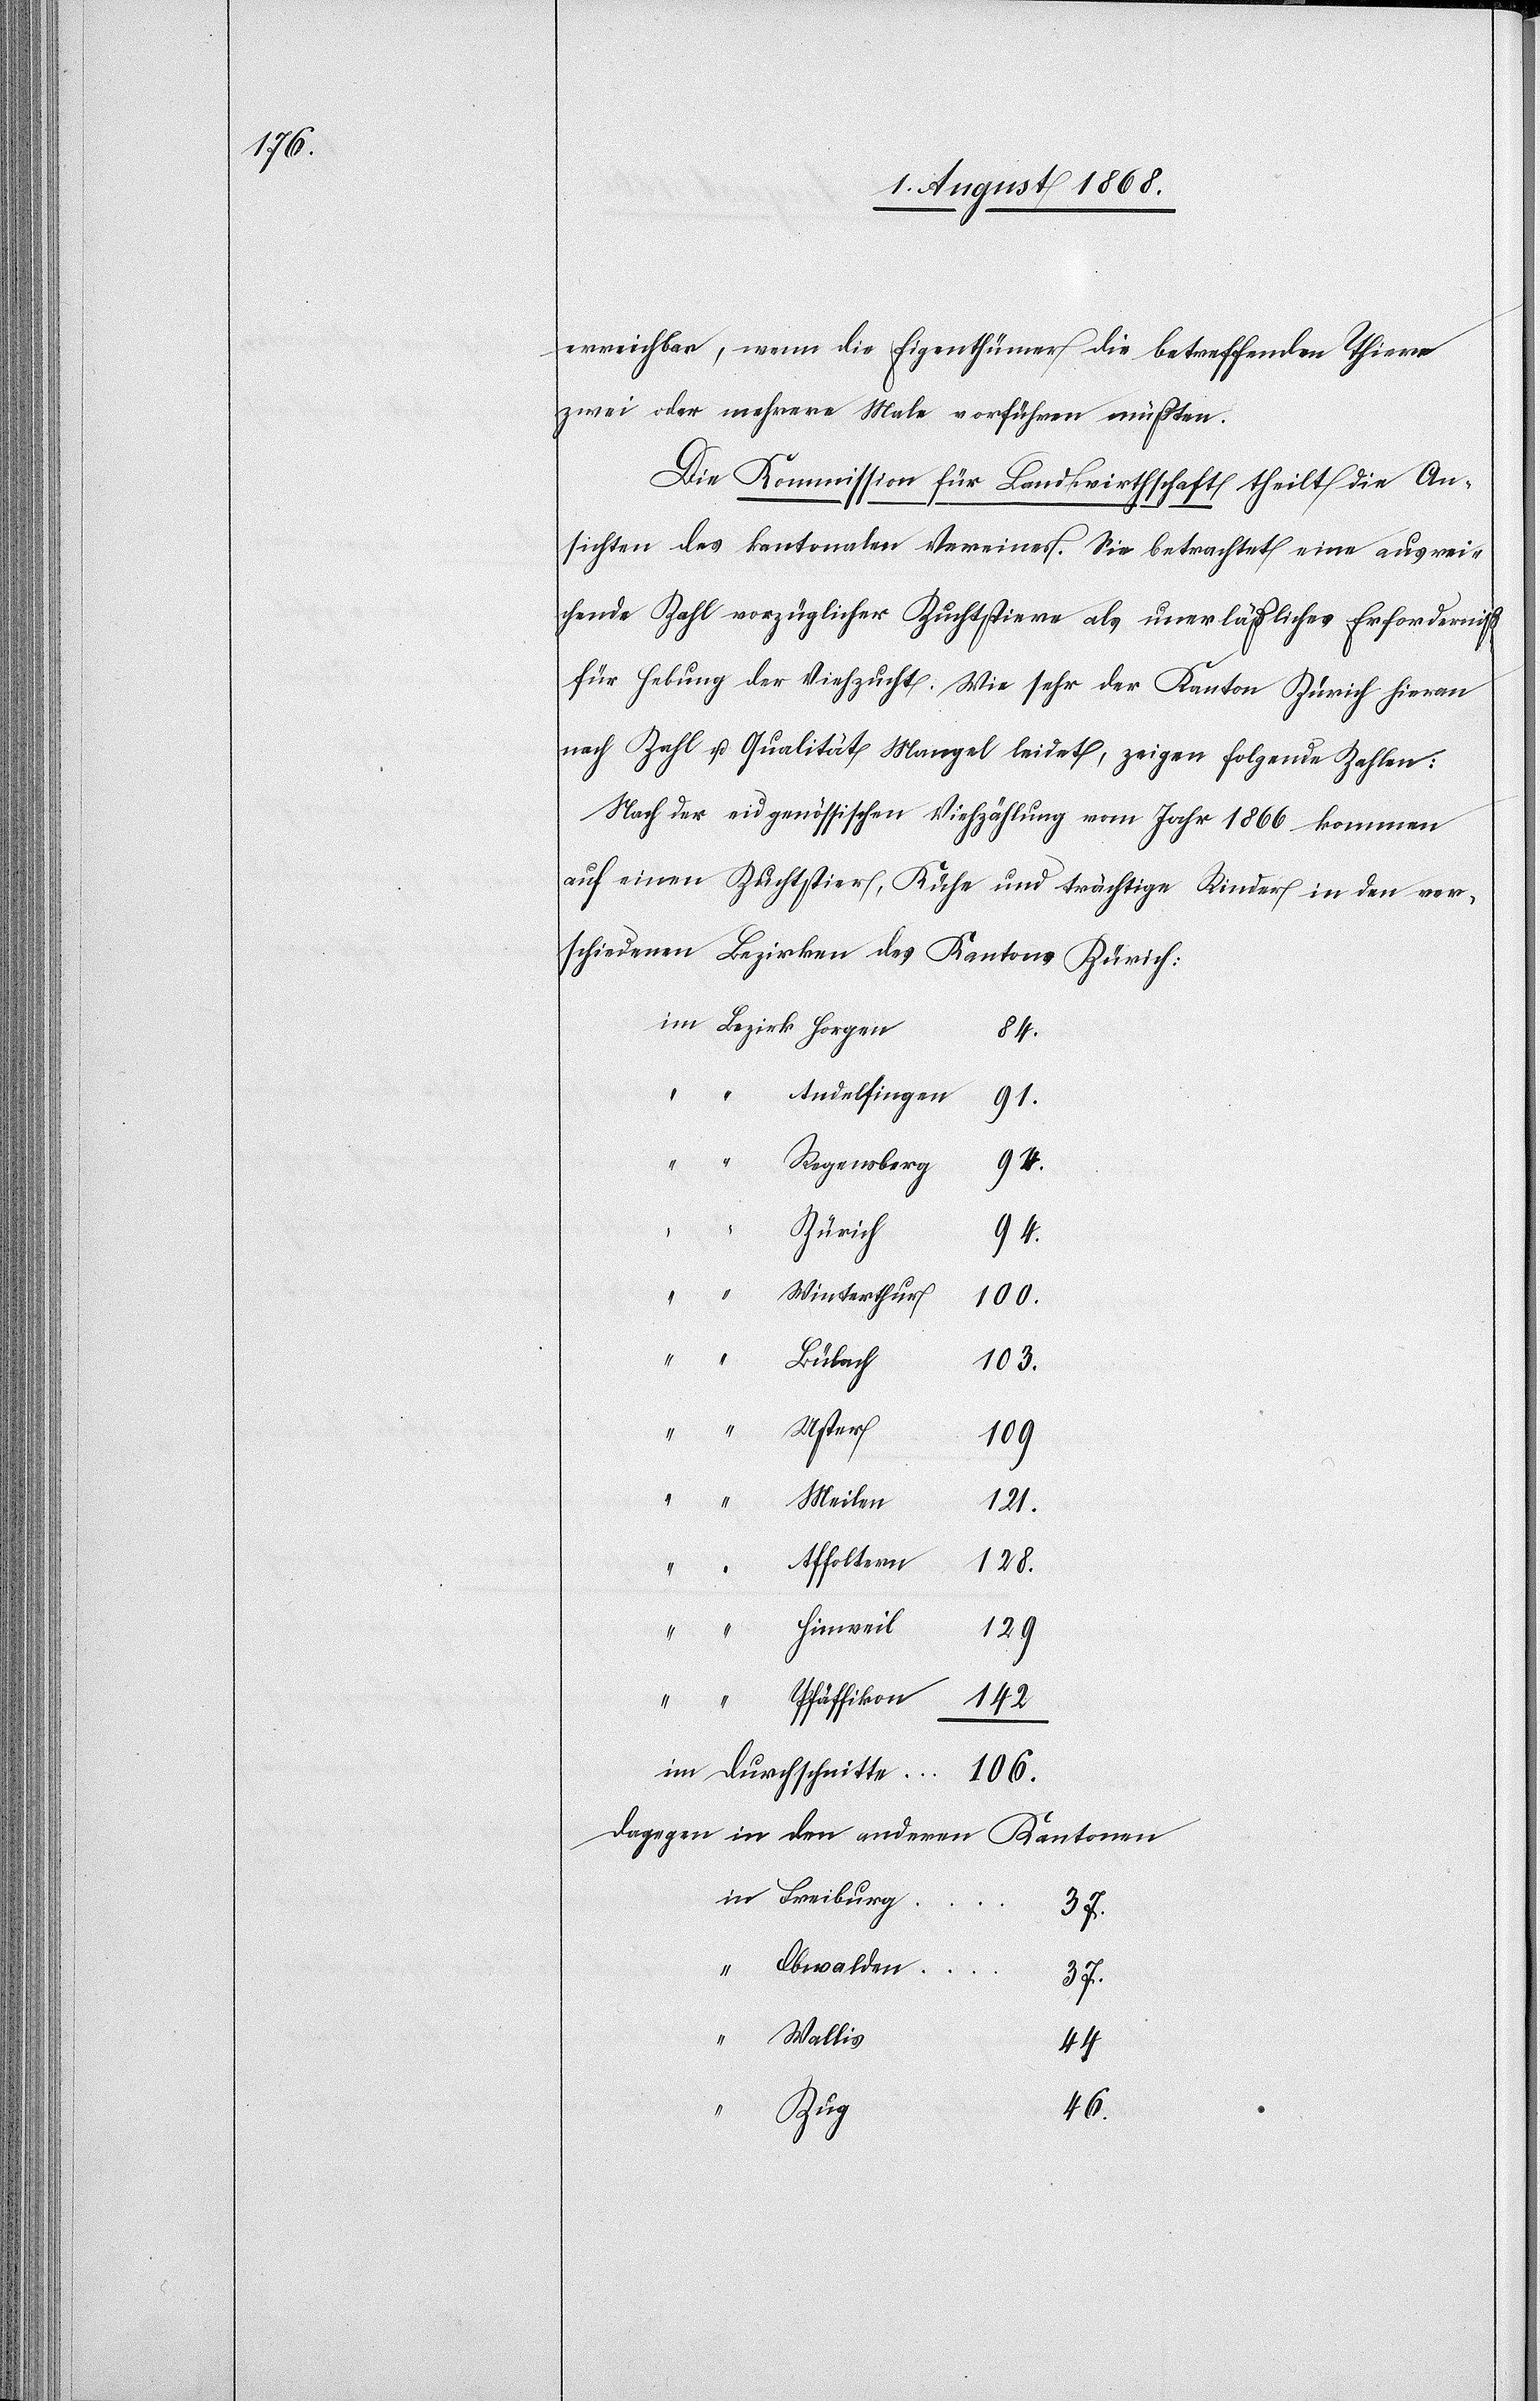
106.

erreichbar, wenn die Eigenthümer die betreffenden Thiere
zwei oder mehrere Male vorführen müßten.
Die Kommission für Landwirthschaft theilt die An¬
sichten des kantonalen Vereines. Sie betrachtet eine ausrei¬
chende Zahl vorzüglicher Zuchtstiere als unerläßliches Erforderniß
für Hebung der Viehzucht: Wie sehr der Kanton Zürich hieran
nach Zahl u. Qualität Mangel leidet, zeigen folgende Zahlen:
Nach der eidgenössischen Viehzählung vom Jahr 1866 kommen
auf einen Zuchtstier, Kühe und trächtige Rinder in den ver¬
schiedenen Bezirken des Kantons Zürich:
84.
91.
Regensberg
94.
Zürich
94.
“
Winterthur
100.
142
Durch¬
103.
Uster
Andelfingen
109
Meilen
121.
Affoltern
128.
Hinweil
129
Pfäffikon
Dagegen in den anderen Kantonen
Freiburg
37.
Obwalden
37.
Wallis
44
46.
schnitte